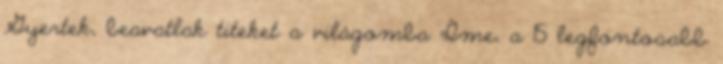
Gyertek, beavatlak titeket a világomba Íme, a 15 legfontosabb